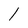
Character: l